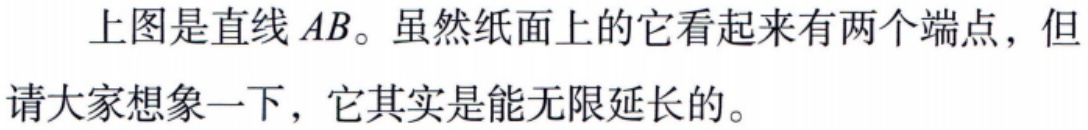
上图是直线 \(AB\)。虽然纸面上的它看起来有两个端点，但请大家想象一下，它其实是能无限延长的。